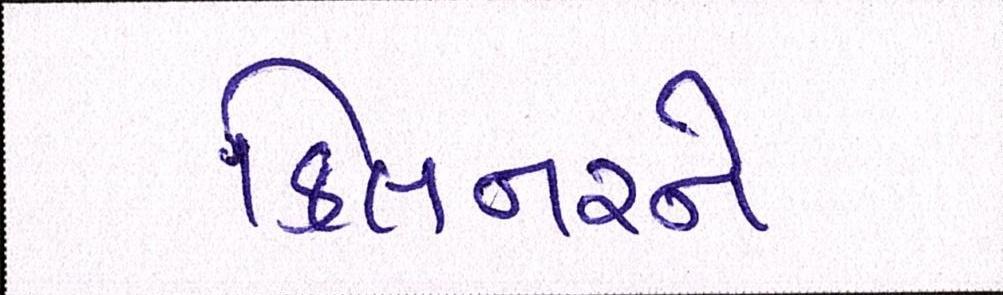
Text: કિલનરને